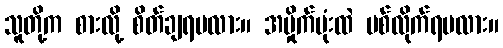
သူတို့က စားလို့ စိတ်ချရမလား။ အမှိုက်ပုံးထဲ ပစ်လိုက်ရမလား။